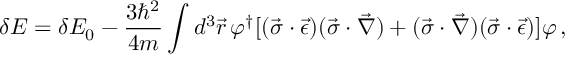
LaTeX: \delta { \cal E } = \delta { \cal E } _ { 0 } - \frac { 3 \hbar ^ { 2 } } { 4 m } \int d ^ { 3 } \vec { r } \, \varphi ^ { \dagger } [ ( \vec { \sigma } \cdot \vec { \epsilon } ) ( \vec { \sigma } \cdot \vec { \nabla } ) + ( \vec { \sigma } \cdot \vec { \nabla } ) ( \vec { \sigma } \cdot \vec { \epsilon } ) ] \varphi \, { , }